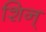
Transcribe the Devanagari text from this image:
शिन्‌